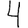
Digit: 4